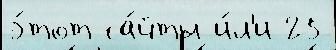
э́тот са́йты и́л'и 25